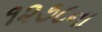
૧૨૭૮ના